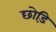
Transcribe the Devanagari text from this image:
छोड़ि